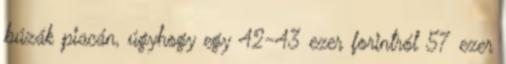
búzák piacán, úgyhogy egy 42-43 ezer forintról 57 ezer